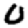
Digit: 0